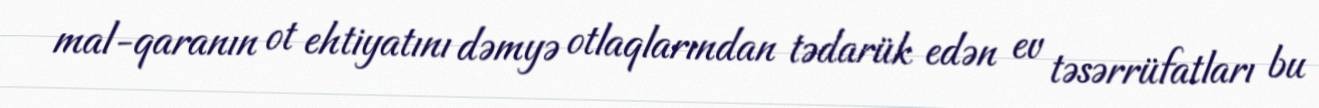
mal-qaranın ot ehtiyatını dəmyə otlaqlarından tədarük edən ev təsərrüfatları bu